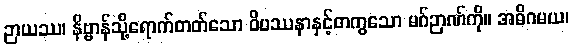
ဉာယဿ၊ နိဗ္ဗာန်သို့ရောက်တတ်သော ဝိပဿနာနှင့်တကွသော မဂ်ဉာဏ်ကို။ အဓိဂမယ၊